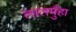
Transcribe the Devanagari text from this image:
लालमुँहा